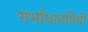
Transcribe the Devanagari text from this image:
गर्भाधानविधी